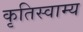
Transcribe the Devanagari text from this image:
कृतिस्वाम्य